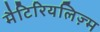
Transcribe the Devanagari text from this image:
मैटिरियलिज़्म